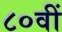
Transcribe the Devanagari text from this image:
८०वीं